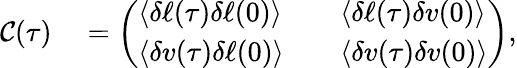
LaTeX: \begin{array}{rl}{\mathcal{C}(\tau)}&{{}=\left(\begin{array}{lll}{\langle\delta\ell(\tau)\delta\ell(0)\rangle}&{}&{\langle\delta\ell(\tau)\delta v(0)\rangle}\\ {\langle\delta v(\tau)\delta\ell(0)\rangle}&{}&{\langle\delta v(\tau)\delta v(0)\rangle}\end{array}\right),}\end{array}